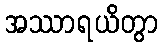
အဿာရယိတွာ